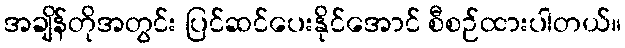
အချိန်တိုအတွင်း ပြင်ဆင်ပေးနိုင်အောင် စီစဉ်ထားပါတယ်။